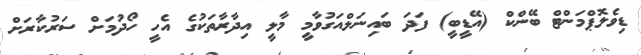
ޑިވެލޮޕްމަންޓް ބޭންކް (އޭޑީބީ) ފަދަ ބައިނަލްއަގުވާމީ މާލީ އިދާރާތަކުގެ އެހީ ހޯދުމަށް ސަރުކާރަށް